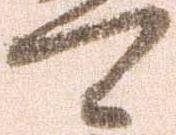
候